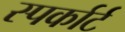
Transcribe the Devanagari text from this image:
स्पर्कार्ट